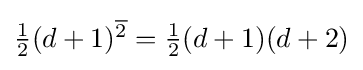
{\textstyle {\frac {1}{2}}(d+1)^{\overline {2}}={\frac {1}{2}}(d+1)(d+2)}